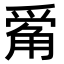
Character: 𪺔